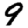
Digit: 9